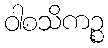
ဝါစသိကဉ္စ